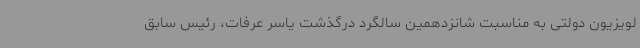
لویزیون دولتی به مناسبت شانزدهمین سالگرد درگذشت یاسر عرفات، رئیس سابق